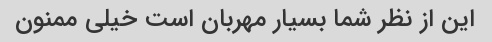
این از نظر شما بسیار مهربان است خیلی ممنون